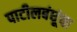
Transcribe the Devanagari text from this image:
पाटीलबंधूंचा